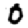
Digit: 0